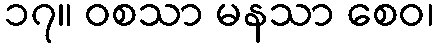
၁၇။ ဝစသာ မနသာ စေဝ၊